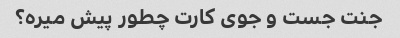
جنت جست و جوی کارت چطور پیش میره؟